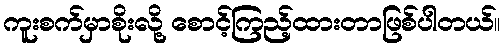
ကူးစက်မှာစိုးလို့ စောင့်ကြည့်ထားတာဖြစ်ပါတယ်။